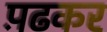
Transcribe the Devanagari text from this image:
प़ढकर